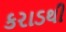
કરાડથી